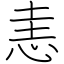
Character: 恚